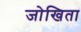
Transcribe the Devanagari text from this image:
जोखिता